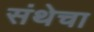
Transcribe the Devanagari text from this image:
संथेचा